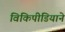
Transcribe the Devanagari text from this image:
विकिपीडियाने